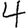
Digit: 4